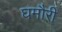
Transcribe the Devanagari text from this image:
घमौरी